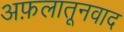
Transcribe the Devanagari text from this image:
अफ़लातूनवाद